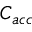
C _ { a c c }